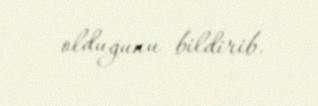
olduğunu bildirib.